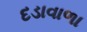
દડાવાળા